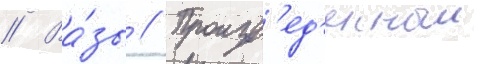
// Ва́зы // Произв'ед'енныи